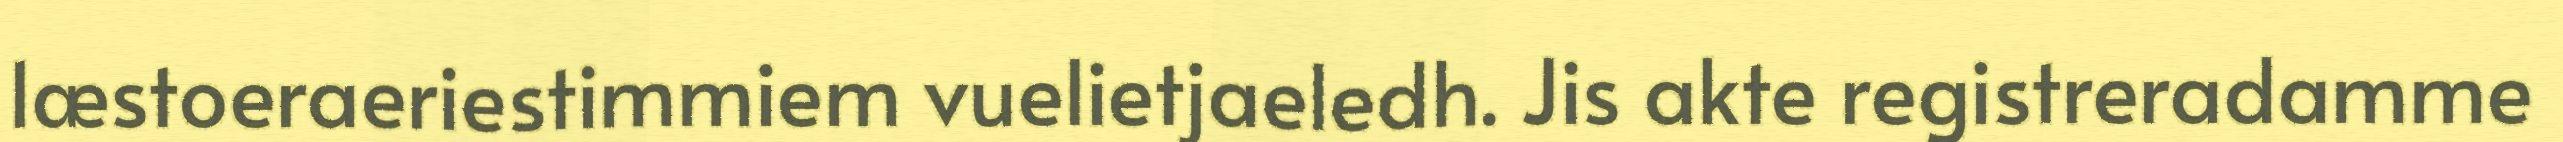
læstoeraeriestimmiem vuelietjaeledh. Jis akte registreradamme